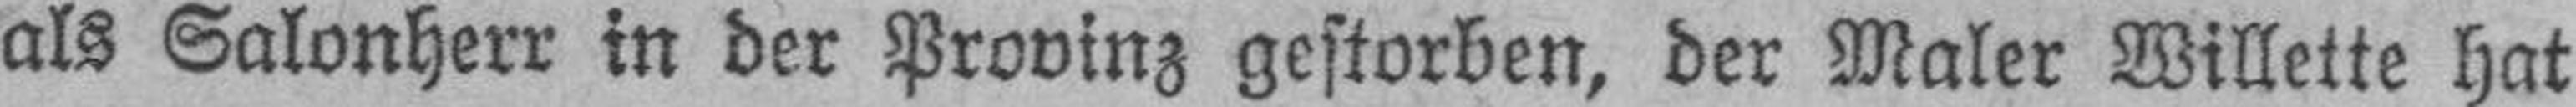
als Salonherr in der Provinz gestorben, der Maler Willette hat